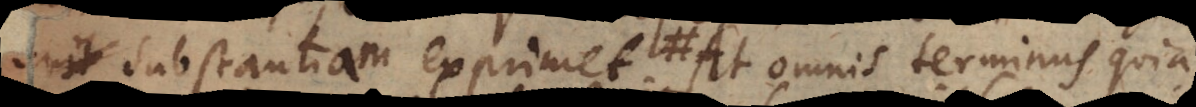
substantiam exprimet; At omnis terminus qui